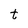
Character: t